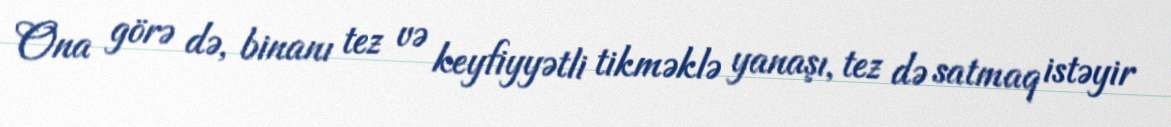
Ona görə də, binanı tez və keyfiyyətli tikməklə yanaşı, tez də satmaq istəyir